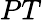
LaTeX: PT